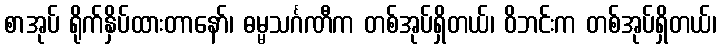
စာအုပ် ရိုက်နှိပ်ထားတာနော်၊ ဓမ္မသင်္ဂဏီက တစ်အုပ်ရှိတယ်၊ ဝိဘင်းက တစ်အုပ်ရှိတယ်၊